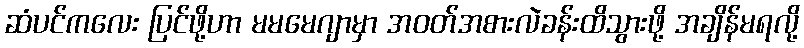
ဆံပင်ကလေး ပြင်ဖို့ဟာ မမမေဂျာမှာ အဝတ်အစားလဲခန်းထိသွားဖို့ အချိန်မရလို့